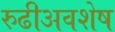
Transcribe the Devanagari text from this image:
रुढीअवशेष